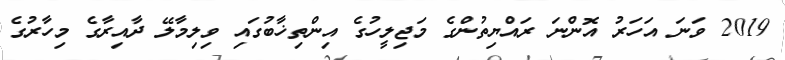
2019 ވަނަ އަހަރު އޮންނަ ރައްޔިތުންގެ މަޖިލީހުގެ އިންތިޚާބުގައި ވިލިމާލޭ ދާއިރާގެ މިހާރުގެ